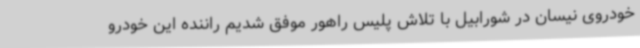
خودروی نیسان در شورابیل با تلاش پلیس راهور موفق شدیم راننده این خودرو